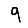
Digit: 9